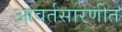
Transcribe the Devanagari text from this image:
आवर्तसारणीत